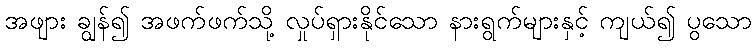
အဖျား ချွန်၍ အဖက်ဖက်သို့ လှုပ်ရှားနိုင်သော နားရွက်များနှင့် ကျယ်၍ ပွသော